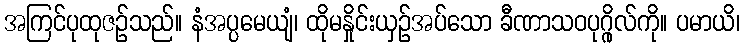
အကြင်ပုထုဇဉ်သည်။ နံအပ္ပမေယျံ၊ ထိုမနှိုင်းယှဉ်အပ်သော ခီဏာသဝပုဂ္ဂိုလ်ကို။ ပမာယိ၊